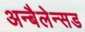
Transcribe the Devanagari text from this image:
अन्बैलेन्सड